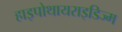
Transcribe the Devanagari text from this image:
हाइपोथायराइडिज्म